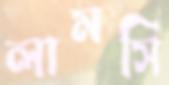
লামসি